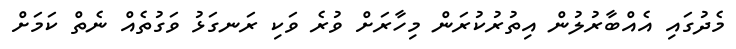
މެދުގައި އެއްބާރުލުން އިތުރުކުރަން މިހާރަށް ވުރެ ވަކި ރަނގަޅު ވަގުތެއް ނެތް ކަމަށް